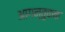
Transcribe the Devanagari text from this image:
आगन्तुकक